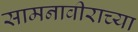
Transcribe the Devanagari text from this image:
सामनावीराच्या